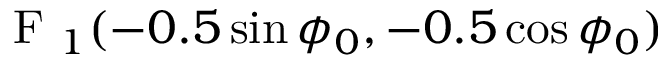
\displaystyle \mathrm { ~ F ~ } _ { 1 } ( - 0 . 5 \sin \phi _ { 0 } , - 0 . 5 \cos \phi _ { 0 } )